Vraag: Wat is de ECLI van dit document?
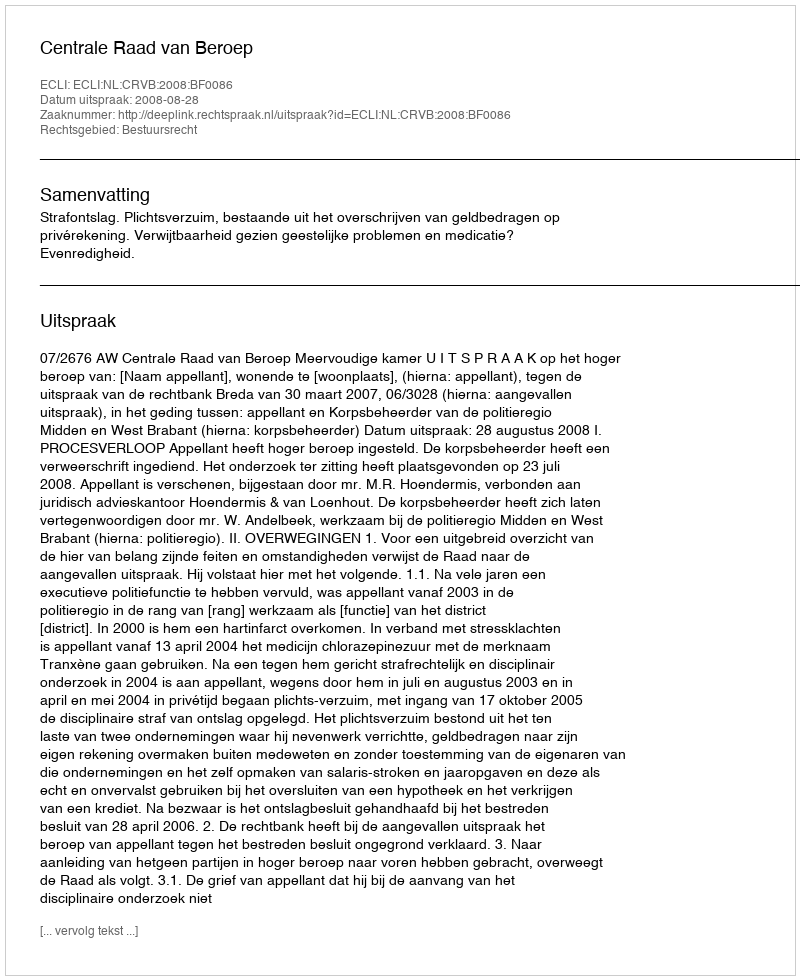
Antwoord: ECLI:NL:CRVB:2008:BF0086